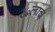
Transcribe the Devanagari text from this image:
२७लाच